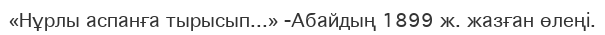
«Нұрлы аспанға тырысып...» -Абайдың 1899 ж. жазған өлеңі.